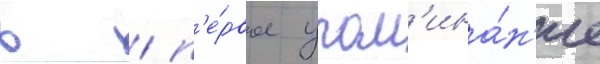
в / п'е́рвое упом'ина́н'ие